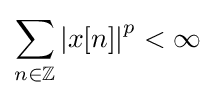
\sum _{n\in \mathbb {Z} }\left|x[n]\right|^{p}<\infty